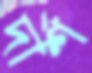
দার্শ